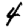
Digit: 4